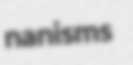
nanisms